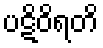
ပဋိဝိရတိ